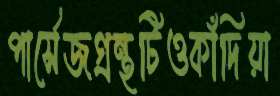
পার্সেজগ্রন্থটিওকাঁদিয়া